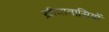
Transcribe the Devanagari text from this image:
ख़ीवावासियों